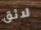
لائق